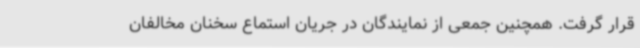
قرار گرفت. همچنین جمعی از نمایندگان در جریان استماع سخنان مخالفان